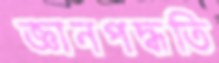
জ্ঞানপদ্ধতি